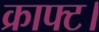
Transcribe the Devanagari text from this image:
क्राफ्ट।